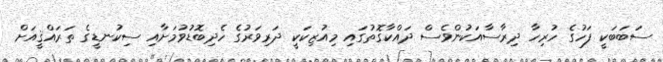
ސަބަބަކީ ފަހުގެ ހުރިހާ ދިރާސާއަކުންވެސް ދައްކާގޮތުގައި މިއުޒިކަކީ ދަރިވަރުގެ ހެދިބޮޑުވުމަށާއި ސިކުނޑީގެ ތަރައްޤީއަށް